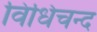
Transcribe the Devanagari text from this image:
विधिचन्द